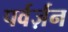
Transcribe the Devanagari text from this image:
पर्वर्ज़न